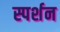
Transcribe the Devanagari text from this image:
स्पर्शन